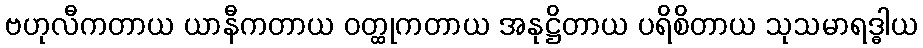
ဗဟုလီကတာယ ယာနီကတာယ ဝတ္ထုကတာယ အနုဋ္ဌိတာယ ပရိစိတာယ သုသမာရဒ္ဓါယ